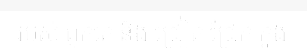
របស់ ពួកគេ និង ជ្រៀត ជ្រែក ក្នុង